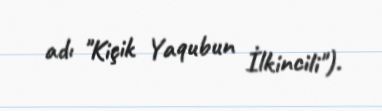
adı "Kiçik Yaqubun İlkincili").